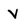
Character: V